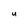
Character: U